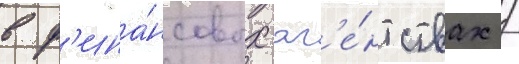
в ф'ина́нсовых аг'е́нтствах /